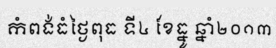
កំពង់ធំថ្ងៃពុធ ទី៤ ខែធ្នូ ឆ្នាំ២០១៣